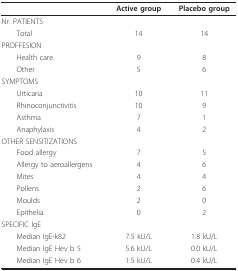
<table><thead><tr><td></td><td><b>Active group</b></td><td><b>Placebo group</b></td></tr></thead><tbody><tr><td>Nr. PATIENTS</td><td></td><td></td></tr><tr><td> Total</td><td>14</td><td>14</td></tr><tr><td>PROFFESION</td><td></td><td></td></tr><tr><td> Health care</td><td>9</td><td>8</td></tr><tr><td> Other</td><td>5</td><td>6</td></tr><tr><td>SYMPTOMS</td><td></td><td></td></tr><tr><td> Urticaria</td><td>10</td><td>11</td></tr><tr><td> Rhinoconjunctivitis</td><td>10</td><td>9</td></tr><tr><td> Asthma</td><td>7</td><td>1</td></tr><tr><td> Anaphylaxis</td><td>4</td><td>2</td></tr><tr><td>OTHER SENSITIZATIONS</td><td></td><td></td></tr><tr><td> Food allergy</td><td>7</td><td>5</td></tr><tr><td> Allergy to aeroallergens</td><td>4</td><td>6</td></tr><tr><td> Mites</td><td>4</td><td>4</td></tr><tr><td> Pollens</td><td>2</td><td>6</td></tr><tr><td> Moulds</td><td>2</td><td>0</td></tr><tr><td> Epithelia</td><td>0</td><td>2</td></tr><tr><td>SPECIFIC IgE</td><td></td><td></td></tr><tr><td> Median IgE-k82</td><td>7.5 kU/L</td><td>1.8 kU/L</td></tr><tr><td> Median IgE Hev b 5</td><td>5.6 kU/L</td><td>0.0 kU/L</td></tr><tr><td> Median IgE Hev b 6</td><td>1.5 kU/L</td><td>0.4 kU/L</td></tr></tbody></table>